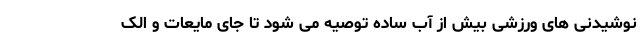
نوشیدنی های ورزشی بیش از آب ساده توصیه می شود تا جای مایعات و الک